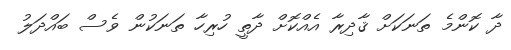
ދާ ކޮންމެ ތަނަކަށް ޤާދިރާ އެއްކޮށް ދާތީ ހުރިހާ ތަނަކުން ވެސް ބައްދަލު